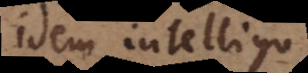
idem intelligo